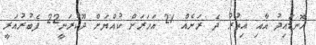
ހޮނޑައިދު އާއި އިތުރު ދެ ރަށެއް 21 އަހަރަށް ކުއްޔަށް ދޫކުރަނީ22 ފެބުރުއަރީ